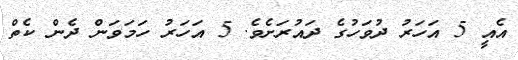
އެއީ 5 އަހަރު ދުވަހުގެ ދައުރަށެވެ. 5 އަހަރު ހަމަވަން ދެން ކެތް